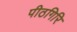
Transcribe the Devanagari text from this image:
पीठगिरि